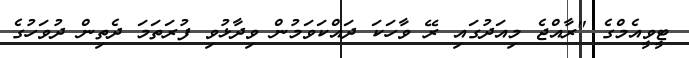
ޓީވީއެމްގެ "ރާއްޖެ މިއަދުގައި ރޭ ވާހަކަ ދައްކަވަމުން ވިދާޅުވި ފުރަތަމަ ދެތިން ދުވަހުގެ